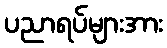
ပညာရပ်များအား